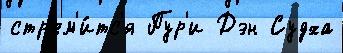
стр'ем'и́тс'я Пур'и Дэн Судха